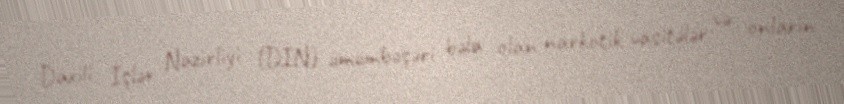
Daxili İşlər Nazirliyi (DİN) ümumbəşəri bəla olan narkotik vasitələr və onların